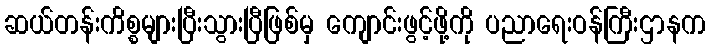
ဆယ်တန်းကိစ္စများပြီးသွားပြီဖြစ်မှ ကျောင်းဖွင့်ဖို့ကို ပညာရေးဝန်ကြီးဌာနက